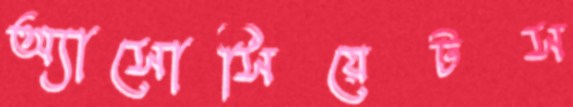
অ্যাসোসিয়েটস